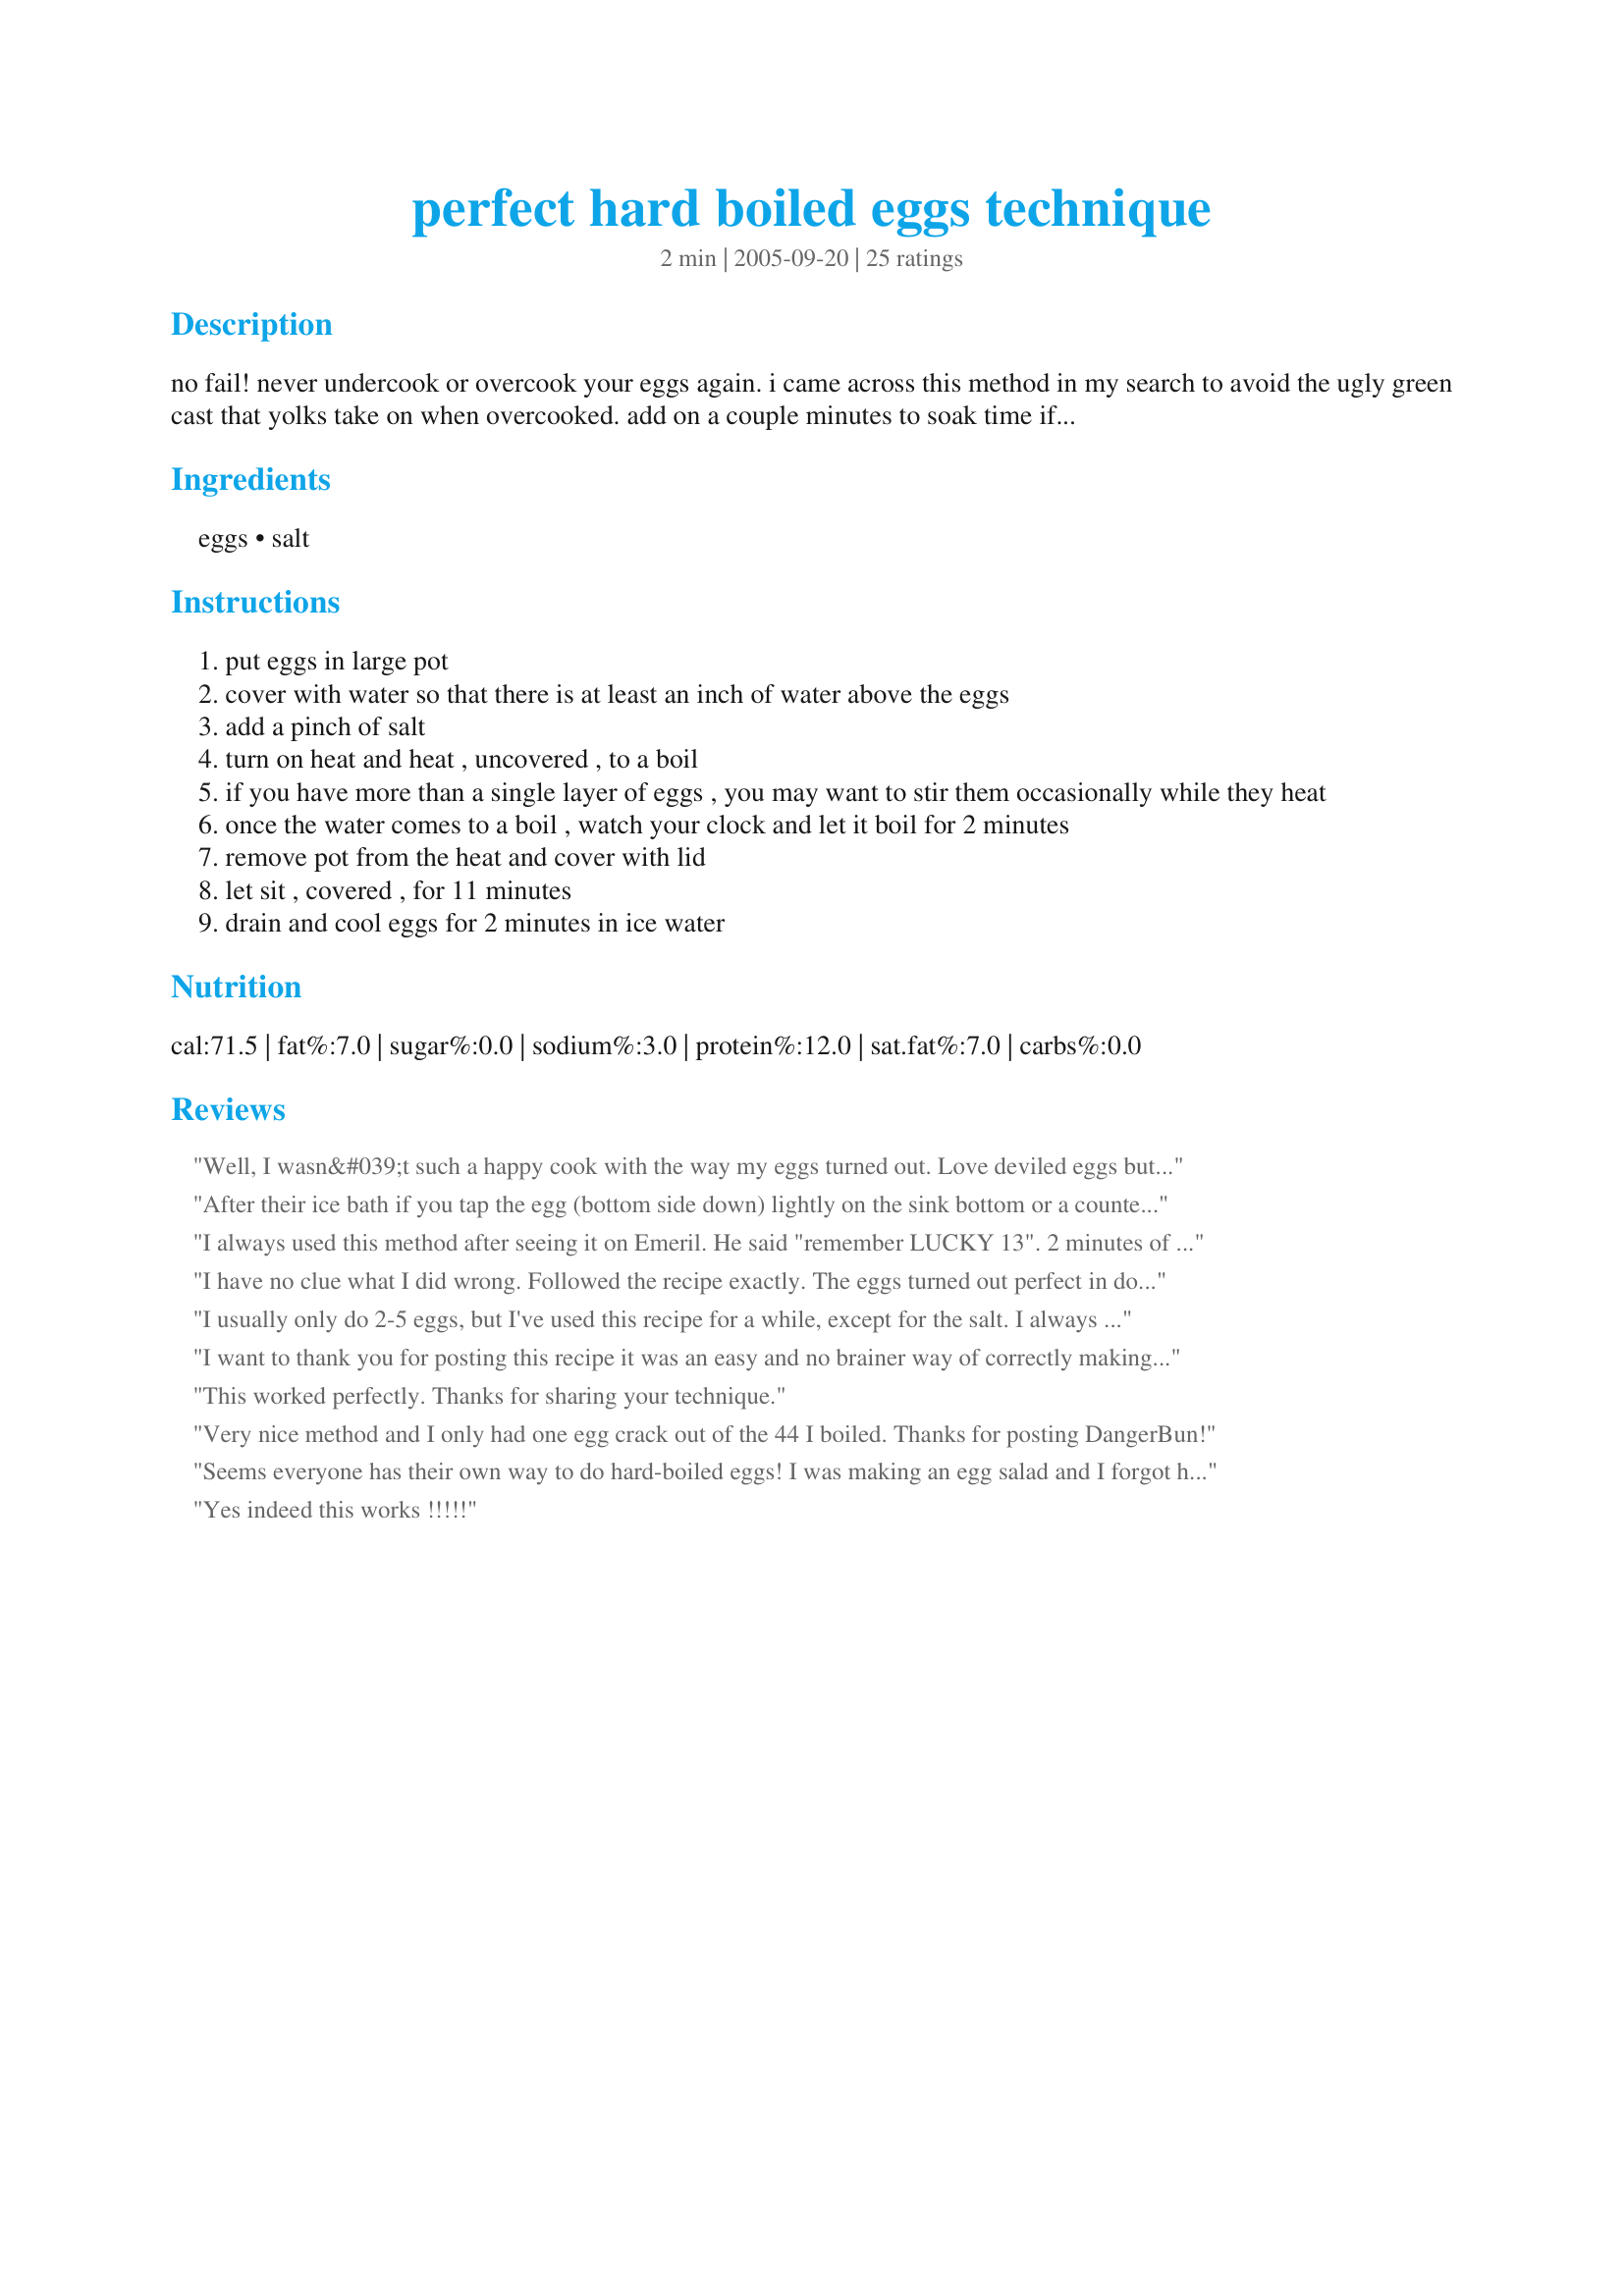
perfect hard boiled eggs technique
Preparation time: 2 minutes

no fail! never undercook or overcook your eggs again. i came across this method in my search to avoid the ugly green cast that yolks take on when overcooked. add on a couple minutes to soak time if you use jumbo eggs.

Ingredients:
eggs, salt

Steps:
put eggs in large pot
cover with water so that there is at least an inch of water above the eggs
add a pinch of salt
turn on heat and heat , uncovered , to a boil
if you have more than a single layer of eggs , you may want to stir them occasionally while they heat
once the water comes to a boil , watch your clock and let it boil for 2 minutes
remove pot from the heat and cover with lid
let sit , covered , for 11 minutes
drain and cool eggs for 2 minutes in ice water

Reviews:
Well, I wasn&#039;t such a happy cook with the way my eggs turned out. Love deviled eggs but, can&#039;t seem to get easy peel eggs any more. I tried LayerMom&#039;s advice, used a timer, and 1/2 of them were hard to peel. Now, my husband advised that when the timer went off that I should shock the eggs in cold water and I did that, then I put about 6 in the fridge and will try them later. Thanks.
After their ice bath if you tap the egg (bottom side down) lightly on the sink bottom or a counter, you'll pop any air bubbles in the egg and find easy peeling. Peel immediately and refrigerate then store in a plastic bowl with a lid for up to four days.
I always used this method after seeing it on Emeril. He said "remember LUCKY 13". 2 minutes of boiling, then 11 minutes sitting in covered pot. Then immediate to ice cold water, which shrinks the egg away from its outer peel, making it easier to peel them flawlessly.
I have no clue what I did wrong. Followed the recipe exactly. The eggs turned out perfect in doneness, but I could not peel them at all :o( I tried this recipe to hopefully solve my peeling problems, but no such luck. If anyone has any suggestions on what I did wrong, let me know.
I usually only do 2-5 eggs, but I've used this recipe for a while, except for the salt. I always get perfect eggs. I do bring them to a rolling boil for 2 minutes, not just when bubbles appear and start to surface. My eggs have turned out perfectly every time. Thanks for sharing this technique.
I want to thank you for posting this recipe it was an easy and no brainer way of correctly making a great turn out to making boiled eggs. Thank you again they were perfect!
This worked perfectly. Thanks for sharing your technique.
Very nice method and I only had one egg crack out of the 44 I boiled. Thanks for posting DangerBun!
Seems everyone has their own way to do hard-boiled eggs! I was making an egg salad and I forgot how long I was supposed to cook my eggs, so I searched Zaar and came up with your method (I had X-tra large eggs and you mentioned a time for jumbo eggs). I never added a pinch of salt before and never boiled for just 2 mins and let sit covered & timed. I let my X-tra lg. eggs sit for 13 mins and well, they came out perfect. I even had my 2yr old and 4yr old peel them without any problems, so I know this is a good method. I've added this to my cookbook and it will be the only way I make hard boiled eggs from now on. Thanks DangerBun!
Yes indeed this works !!!!!
I had no idea that the green color was from over boiling! This is a great tip. Thanks a million!
These turned out perfect! No green rim and they were EASY TO PEEL! I used those new omega 3 eggs... don't know if that had anything to do with it. But I will always use this method!
They were perfect and easy to peel. Thanks DangerBun :) Made for Name that ingredient tag game
Worked Perfect. thank you.
At first I was skeptical...would my eggs come out perfect? For years I’ve had failures- that nasty grey ring around the yolk, or yolks that aren’t fully cooked...well...this recipe worked. Best hard boiled eggs ive ever made. They were perfect! Easy, fool proof way to make perfect hard boiled eggs. Cooked just right, with no weird grey stuff on the yolk.
I made devilled eggs for my Super Bowl party. This technique worked perfectly to achieve golden yolks. Thanks for posting.
Up until following this recipe, my eggs were most likely to turn out undercooked or overcooked and awful. They came out perfect, I was just tickled. :0)
Perfect, thanks!
I couldn't give this recipe any stars. I tried it, and it took me 45 min. to get the shells off. I read the reviews that others had made, and I feel that it is possible that my eggs were not fresh, altho the freshness date is 3 weeks away. In order to not bring Danger's ratings down, I will only comment.
To me they were undercooked since the centers of the yokes were wet. But, they weren't so bad that I could use them. While they were still warm, they were very easy to peel. Once they had been in the refrigerator for a day, they stuck some. Thanks for sharing but I think I'll go back to my old method.
Perfect is right! No grey ring and they were really easy to peel.. Thanks for posting the recipe.
Yes, this does work. The eggs are very easy to peel after the ice bath, and the yolks are a pretty yellow color. I'll be using this method from now on.
Needed to boil the eggs to color for Easter but could never remember how long to boil,etc... This was great-only cracked two (on top) out of three dozen!!!! Thanks for posting!!!!
Followed the technique exactly as posted and it worked great. I always over cook them and didn't this time. This is the only way I'll boil eggs from now on.
Many thanks DangerBun! I hated making boiled eggs and dreaded making boiled eggs for Deviled Eggs. It was a "back breaking job" hanging over the sink to shell the eggs. Worse yet, my eggs always looked like the "rats picked at them"! Thanks to you, I finally found a way that works every time every time!! My eggs peel like magic every time and are perfect inside and out every time. Truely, I am grateful.
